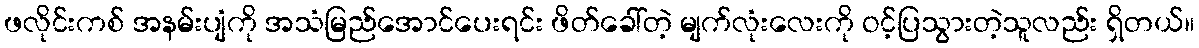
ဖလိုင်းကစ် အနမ်းပျံကို အသံမြည်အောင်ပေးရင်း ဖိတ်ခေါ်တဲ့ မျက်လုံးလေးကို ဝင့်ပြသွားတဲ့သူလည်း ရှိတယ်။